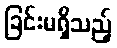
ခြင်းမရှိသည့်